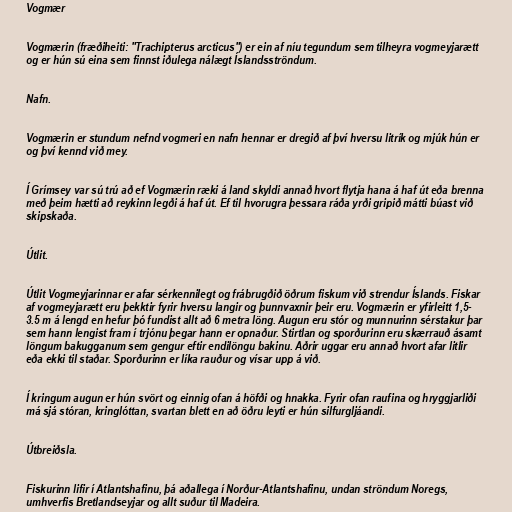
Vogmær

Vogmærin (fræðiheiti: "Trachipterus arcticus") er ein af níu tegundum sem tilheyra vogmeyjarætt
og er hún sú eina sem finnst iðulega nálægt Íslandsströndum.

Nafn.

Vogmærin er stundum nefnd vogmeri en nafn hennar er dregið af því hversu litrík og mjúk hún er
og því kennd við mey.

Í Grímsey var sú trú að ef Vogmærin ræki á land skyldi annað hvort flytja hana á haf út eða brenna
með þeim hætti að reykinn legði á haf út. Ef til hvorugra þessara ráða yrði gripið mátti búast við
skipskaða.

Útlit.

Útlit Vogmeyjarinnar er afar sérkennilegt og frábrugðið öðrum fiskum við strendur Íslands. Fiskar
af vogmeyjarætt eru þekktir fyrir hversu langir og þunnvaxnir þeir eru. Vogmærin er yfirleitt 1,5-
3.5 m á lengd en hefur þó fundist allt að 6 metra löng. Augun eru stór og munnurinn sérstakur þar
sem hann lengist fram í trjónu þegar hann er opnaður. Stirtlan og sporðurinn eru skærrauð ásamt
löngum bakugganum sem gengur eftir endilöngu bakinu. Aðrir uggar eru annað hvort afar litlir
eða ekki til staðar. Sporðurinn er líka rauður og vísar upp á við.

Í kringum augun er hún svört og einnig ofan á höfði og hnakka. Fyrir ofan raufina og hryggjarliði
má sjá stóran, kringlóttan, svartan blett en að öðru leyti er hún silfurgljáandi.

Útbreiðsla.

Fiskurinn lifir í Atlantshafinu, þá aðallega í Norður-Atlantshafinu, undan ströndum Noregs,
umhverfis Bretlandseyjar og allt suður til Madeira.